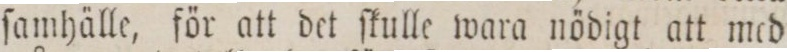
ſamhälle, för att det ſkulle wara nödigt att med